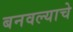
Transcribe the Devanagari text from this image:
बनवल्याचे